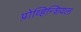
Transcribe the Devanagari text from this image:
प्रोव्हिन्शियल